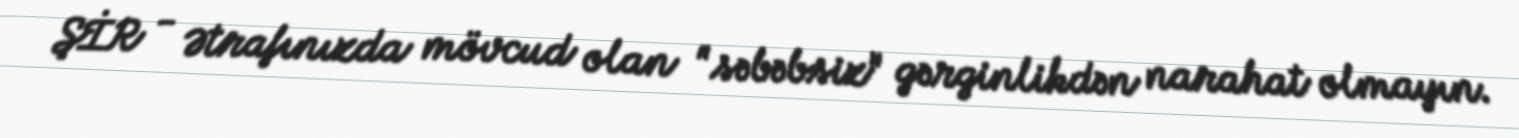
ŞİR - Ətrafınızda mövcud olan "səbəbsiz" gərginlikdən narahat olmayın.